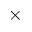
\times